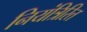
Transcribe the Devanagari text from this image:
नियंत्रिरित